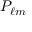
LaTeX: P _ { \ell m }